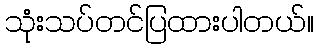
သုံးသပ်တင်ပြထားပါတယ်။